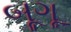
બૂગૂ